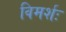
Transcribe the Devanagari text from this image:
विमर्शः